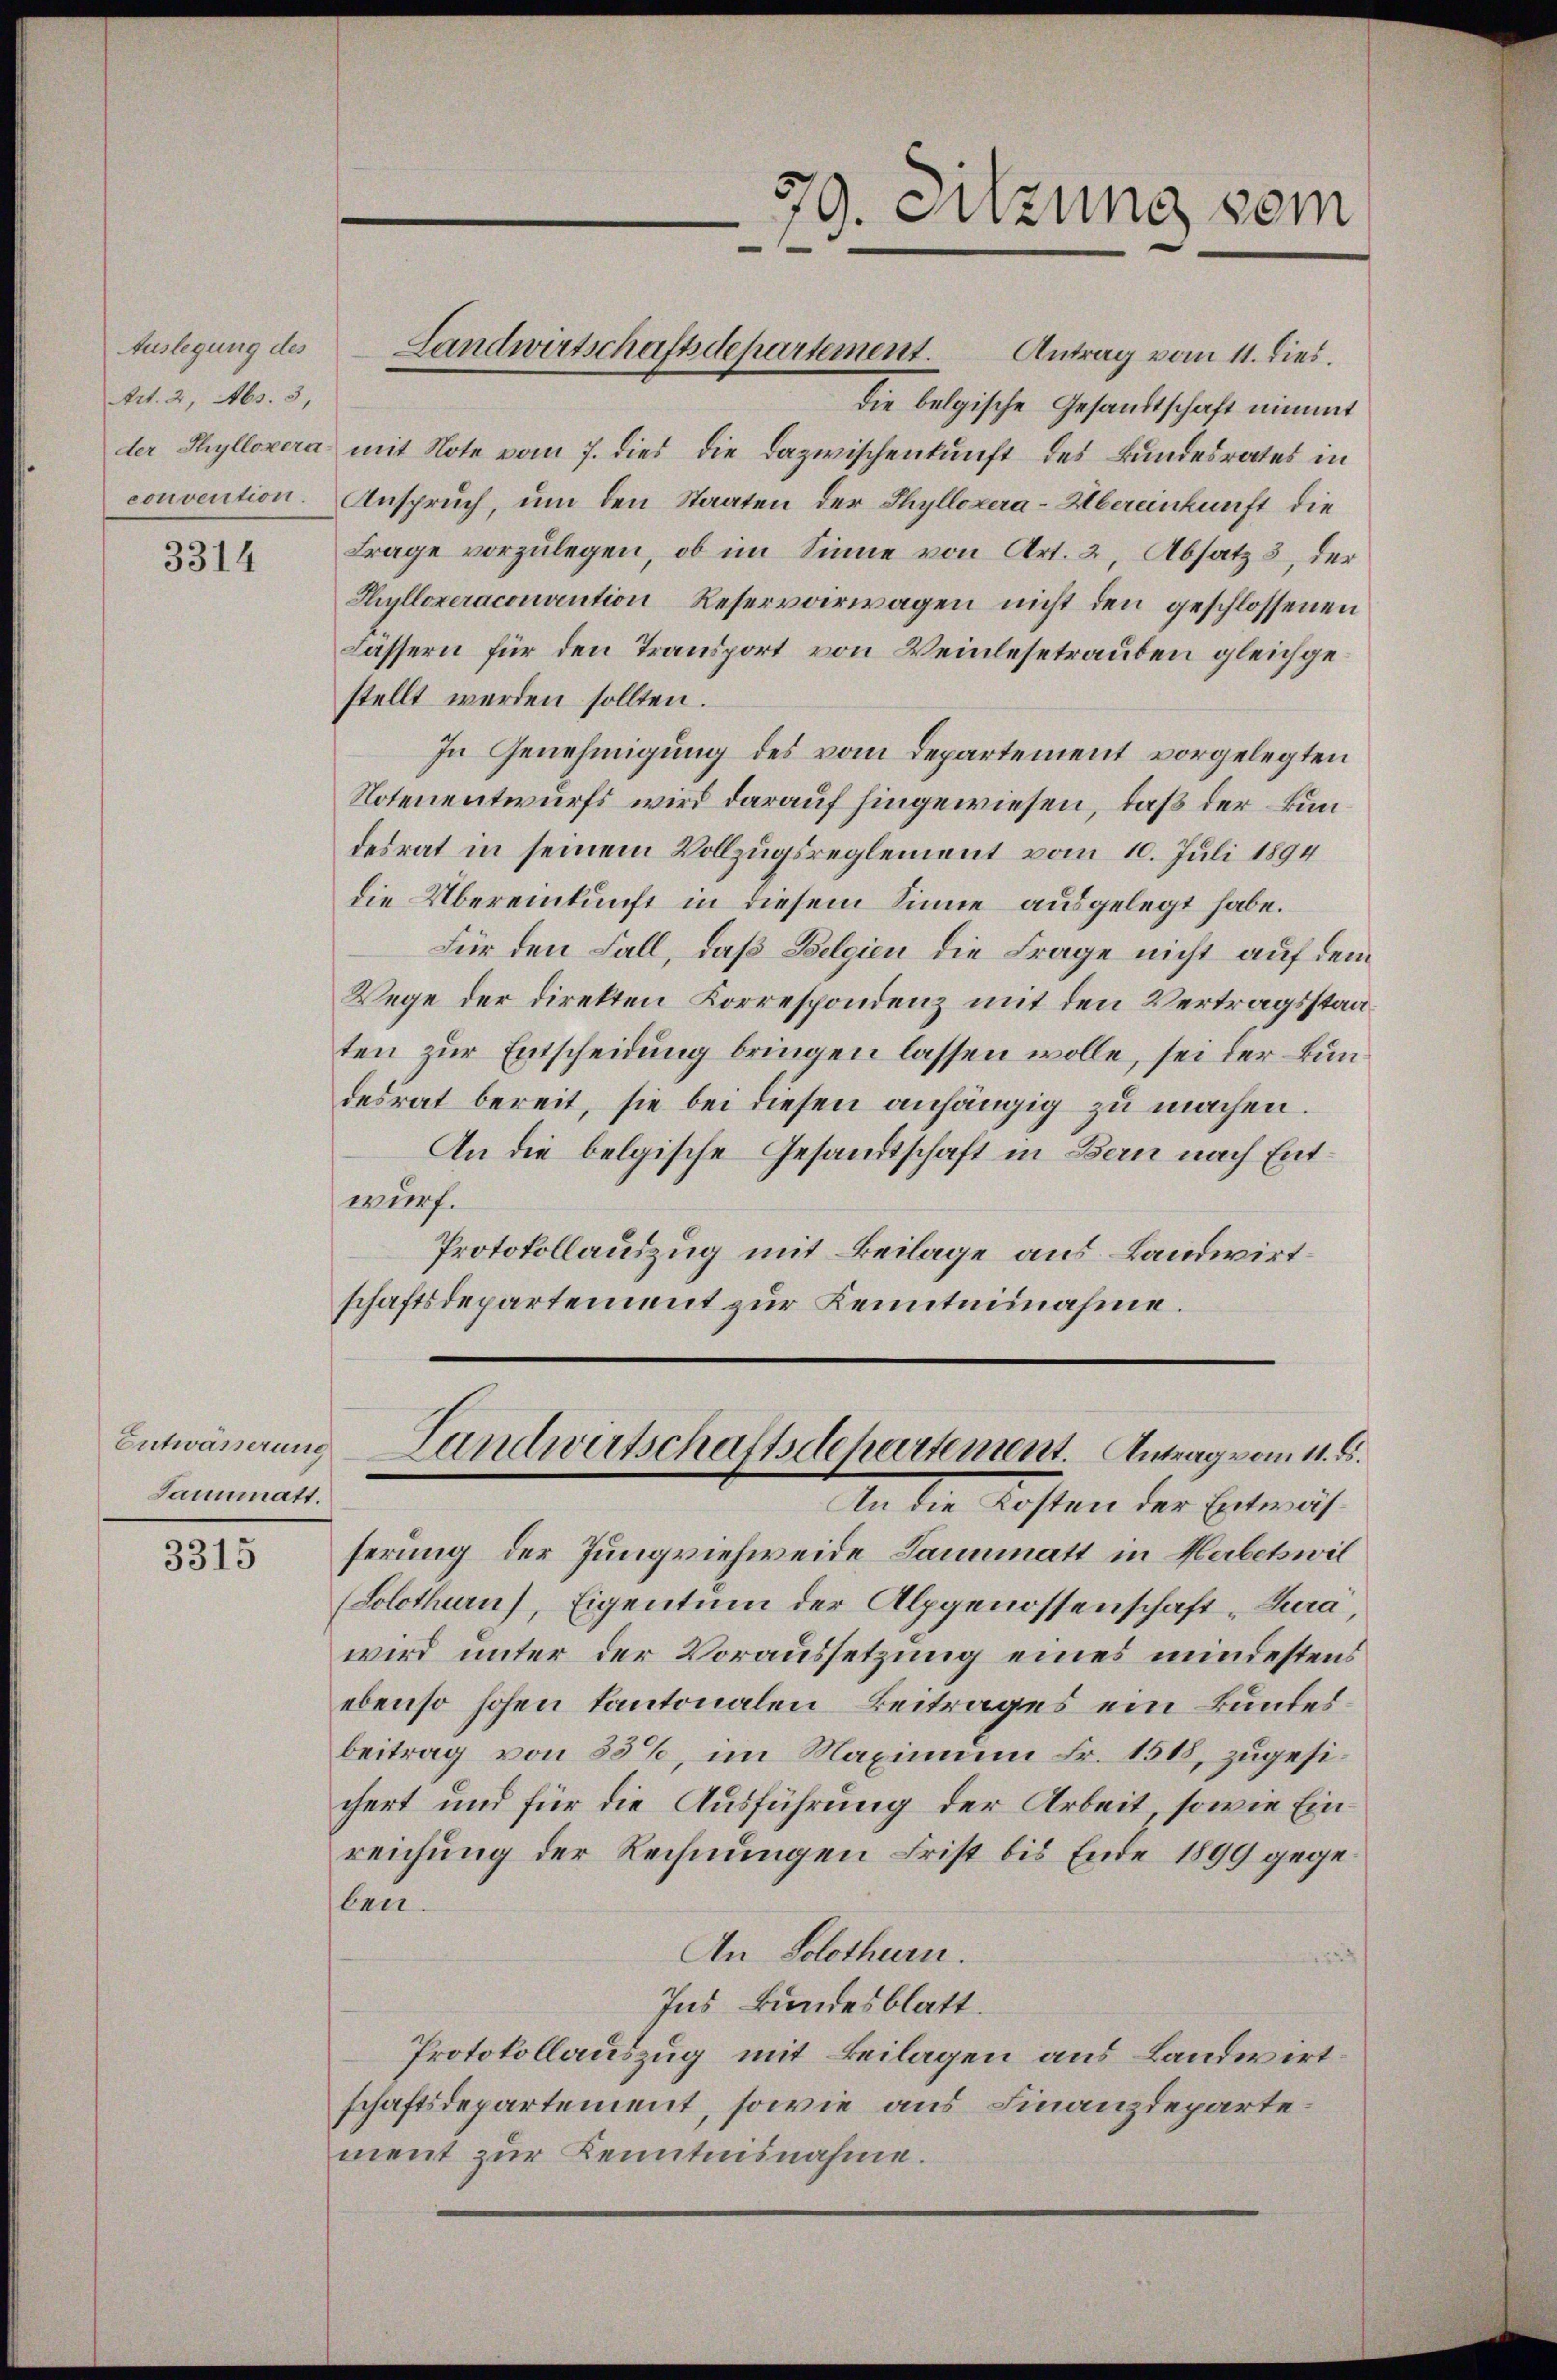
Auslegung des
Art. 2, Abs. 3,

3314

die belgische Gesandtschaft nimmt
der Thyllozera mit Note vom 7. dies die Dazwischenkunft des Bundesrates in
convention. Anspruch, um den Staaten der Thyllozera-Übereinkunft die
Frage vorzulegen, ob im Sinne von Art. 2, Absatz 3, der
Thyllexeraconvention Reservoirwagen nicht den geschlossenen
Lassern für den Transport von Weinlesetrauben gleichgestellt werden sollten.
In Genehmigung des vom Departement vorgelegten
Notenentwurfs wird darauf hingewiesen, daß der Bundesrat in seinem Vollzugsreglement vom 10. Juli 1894
die Übereinkunft in diesem Sinne ausgelegt habe.
Für den Fall, daß Belgien die Frage nicht auf dem
Wege der direkten Korrespondenz mit den Vertragsstaaten zur Entscheidung bringen lassen wolle, sei der Bundesrat bereit, sie bei diesen anhängig zu machen.
An die belgische Gesandtschaft in Bern nach Entwurf.
Protokollauszug mit Beilage aus Landwirtschaftsdepartement zur Kenntnisnahme.

Entwässerung
Sannmatt.

3315

Landwirtschaftsdepartement. Antrag vom 11. dies.

79. Sitzung vom
.

An die Kosten der Entwässerung der Jungviehweide Lannmatt in Herbetswil
(Solothurn), Eigentum der Alpgenossenschaft-Tura,
wird unter der Voraussetzung eines mindestens
ebenso hohen kantonalen Beitrages ein Bundesbeitrag von 35%, im Maximum Fr. 1518, zugesichert und für die Ausführung der Arbeit, sowie Einreichung der Rechnungen Frist bis Ende 1899 gegeben.
An Solothurn.
Ins Bundesblatt.
Protokollauszug mit Beilagen aus Landwirtschaftsdepartement, sowie aus Finanzdepartement zur Kenntnisnahme.

Landwirtschaftsdepartement. Antrag vom 11. ds.